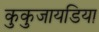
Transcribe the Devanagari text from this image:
कुकुजायडिया